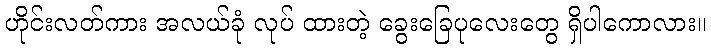
ဟိုင်းလတ်ကား အလယ်ခုံ လုပ် ထားတဲ့ ခွေးခြေပုလေးတွေ ရှိပါကောလား။